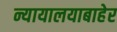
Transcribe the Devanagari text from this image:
न्यायालयाबाहेर